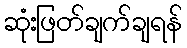
ဆုံးဖြတ်ချက်ချရန်